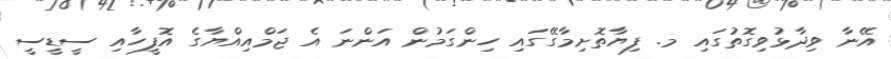
އޭނާ ވިދާޅުވިގޮތުގައި މ. ފިޔާތޮށިމާގޭގައި ހިންގަމުން އަންނަ އެ ޖަމްއިއްޔާގެ އޮފީހާއި ސީޑީސީ